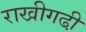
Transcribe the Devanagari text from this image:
राखीगढी़